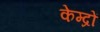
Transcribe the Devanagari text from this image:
केम्द्रों